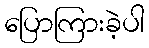
ပြောကြားခဲ့ပါ